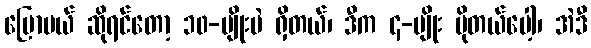
ပြောမယ် ဆိုရင်တော့ ၁၀-မျိုးပဲ ရှိတယ်၊ ဒီက ၄-မျိုး ပိုတယ်ပေါ့၊ အဲဒီ